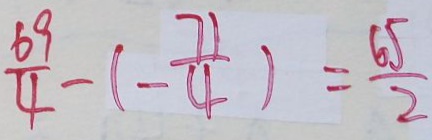
\frac { 6 9 } { 4 } - ( - \frac { 7 1 } { 4 } ) = \frac { 6 5 } { 2 }